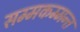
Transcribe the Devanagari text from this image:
सम्मकम्मन्त